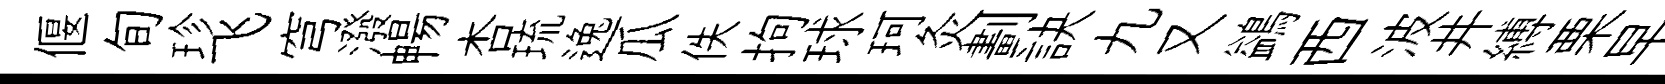
偃旬珍飞穹潑暢杏琉逸瓜佚拘球珂灸劃訣九又鷁西波井縛栗早